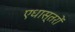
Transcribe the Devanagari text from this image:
एधास्तरों